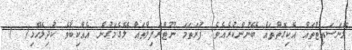
މޮނަސައިޓްތައް އެކިގޮތްތައް ބޭނުންކުރެއެވެ. ފުރަތަމަ ނޫޓްރަފިލްތައް ލޭގެމަގުން އެއްކިބާވެ ކުދިލޭހޮޅި(  )